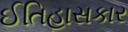
ઈતિહાસકાર